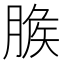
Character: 𦞕